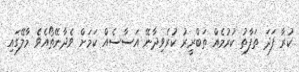
ކުރާ ފަދަ ތަފާތު ކުރުމެއް ތަބްރީރު ކުރެވިދާނޭ އަސާސެއް ކަމަށް ވެދާނޭތޯއެވެ މާލޭގައި